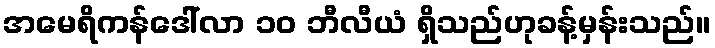
အမေရိကန်ဒေါ်လာ ၁၀ ဘီလီယံ ရှိသည်ဟုခန့်မှန်းသည်။